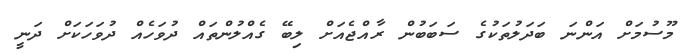
މޫސުމަށް އަންނަ ބަދަލުތަކުގެ ސަބަބުން ރާއްޖެއަށް ލިބޭ ގެއްލުންތައް ދުވަހެއް ދުވަހަކަށް ދަނީ